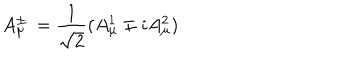
LaTeX: A _ { \mu } ^ { \pm } \, = \frac { 1 } { \sqrt { 2 } } ( A _ { \mu } ^ { 1 } \mp i A _ { \mu } ^ { 2 } )